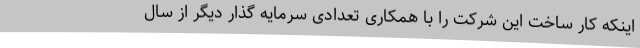
اینکه کار ساخت این شرکت را با همکاری تعدادی سرمایه گذار دیگر از سال